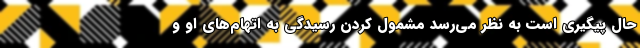
حال پیگیری است به نظر می‌رسد مشمول کردن رسیدگی به اتهام‌های او و